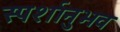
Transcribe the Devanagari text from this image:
स्पर्शानुभव